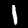
Digit: 1